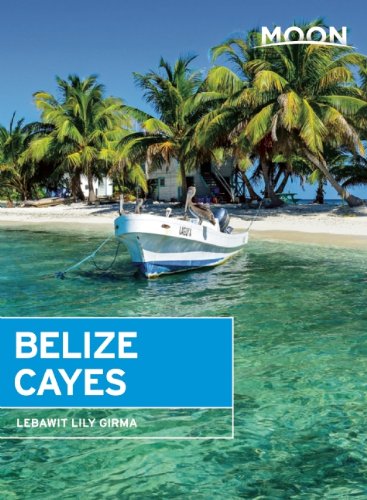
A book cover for Moon Belize Cayes: Including Ambergris Caye & Caye Caulker (Moon Handbooks); Lebawit Lily Girma; Travel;